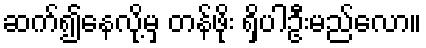
ဆက်၍နေလို့မှ တန်ဖိုး ရှိပါဦးမည်လော။